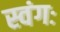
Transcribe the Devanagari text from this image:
स्वंगः